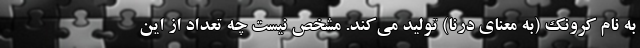
به نام کرونک (به معنای درنا) تولید می‌کند. مشخص نیست چه تعداد از این